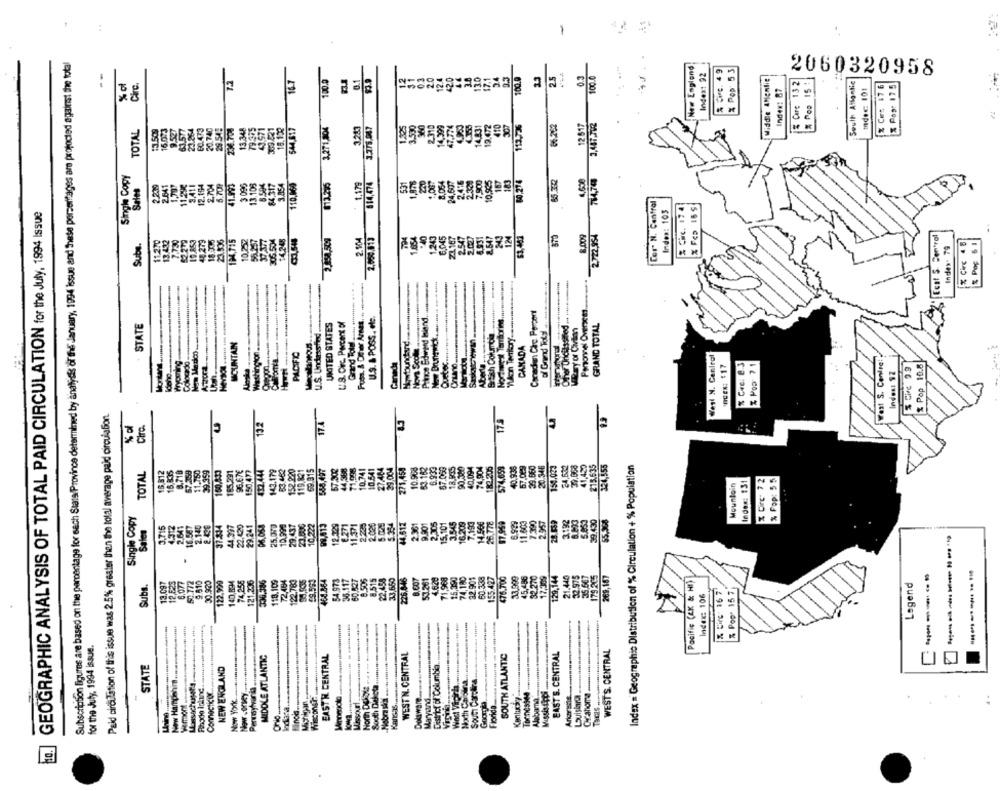
.
-
42
Subscription figures are based on the percentage for each Stata Province determined by analysis of the January, 1994 issue and these percentages are projocied against the total
New England
2 . 49
Pop 5 3
T.2
16.7
0.1
03
20
420
3.8
130
17.1
24
2.3
100.0
2.5
Indext 92
Middle AMentie
% of
Circ.
100.0
12.4
2060320958
Care 132
& Pop 15 :
South Atlantic
% Cws 17 6
% Pop: 175
Index: 87
Index: 101
$44.617
3,271,804
3.283
3.275.047
1,325
3.530
960
2.310
47,774
14.831
19.472
410
113,736
12 517
TOTAL
#3.50%
16.0 3
63.57
23.254
60.473
20.740
29.545
234.700
13.348
Single Copy
9.854
813.275
814,474
8,064
24,607
2.4'6
2.320
7,900
10,985
187
10 274
85.30
4,60
74,74
Sales
2.239
2.641
2.704
5.709
13,108
110,069
1.179
531
Cer N. Central
% Circ. 17.4
% FED 16 $
GEOGRAPHIC ANALYSIS OF TOTAL PAID CIRCULATION for the July, 1994 Issue
Index: 103
2,000,013
1.654
1,243
6,045
Z1167
2.547
124
870
8.009
2,722,954
Ecat S. Central
Sube.
13.412
62.272
194,715
10.252
305.504
& Circ 4 8
Index. 79
Grand Tot ...... ........... ..
Personnel Overseas.
-
Canadian Circ. Percent
STATE
-
UNITED STATES
U.S. Okrc. Porcent of
Fuss, & Other Annes
U.S. & POSS. ole
Prince Edward Island
Other Unditssited
GRAND TOTAL
British Columbia
Misyor Chim
U.S. Undirsefind
"When Tenkory
MCUNTAN
CANADA
--
Washington
PACIFIC
Nova Scolle
West N. Central
West S. Conire:
Canada
% Che: 8.3
& Poor ? 1
Z Pop 10.8
OCEN: $17
Inden: SZ
% Circ 9.9
Paid circulation of this issue was 2.5% greater than the total average paid circulationt.
17.4
175
Ciro.
132
152.220
119.831
44,388
10.741
27404
10.900
87.059
18.995
90,320
40.094
74,904
40.936
29.060
150.023
41,420
Index = Geographic Distribution of % Circulation +% Population
15. 312
16.335
8,718
67-758
185.291
96.67€
150,477
143.179
69.915
29,004
271,450
Mountain
Index: 131
% Circ- 7 2
% Pop: 5 5
Single Copy
29.437
10522
99,013
12.129
11.371
2.025
5.354
44.612
2.361
9.901
2,305
15,101
3.545
16.205
17,959
2.957
2192
39.430
55.308
Sales
3.715
4912
37.334
25.070
------
6.077
336.386
72,484
8,515
226.846
8.007
53.261
476.700
45.486
32.270
17,309
129,144
21.440
Subs.
12.097
12,525
59.772
9 510
30.920
122,990
140,69
74,25
4.640
Pacific (4X & H!)
Legend
121.23
& Circ. 16 7
% Pop. 15 7
Index: 106
Fionda ..... ......... .. .....-....
Now Harpen .............. it !!
Comoc ..................... +++ ++
Now YXXX .......==== ====
for the July, 1994 issue.
WEST'S. CENTRAL
MIDDLE ATLANTIC
EAST W. CENTRAL
WEST'N. CENTRAL
SOUTH ATLANTIC
EAST S. CENTRAL
STATE
District of Columbia.
NEW ENGLAND
Sout Carolra.
Massachusety
North Dekolt
South Dakota ..
Alabama
TaCIS ...- 4
Now .orVey
Wisconer
Nobrasil ..
Cirahora
Mussour
Dokaware
Maryand